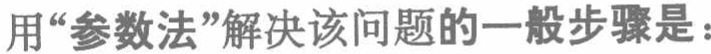
用“参数法”解决该问题的一般步骤是：